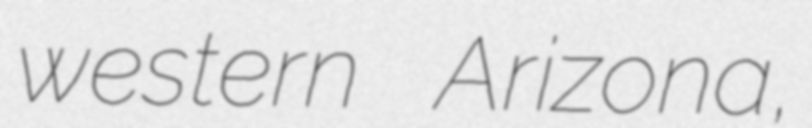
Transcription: western Arizona,